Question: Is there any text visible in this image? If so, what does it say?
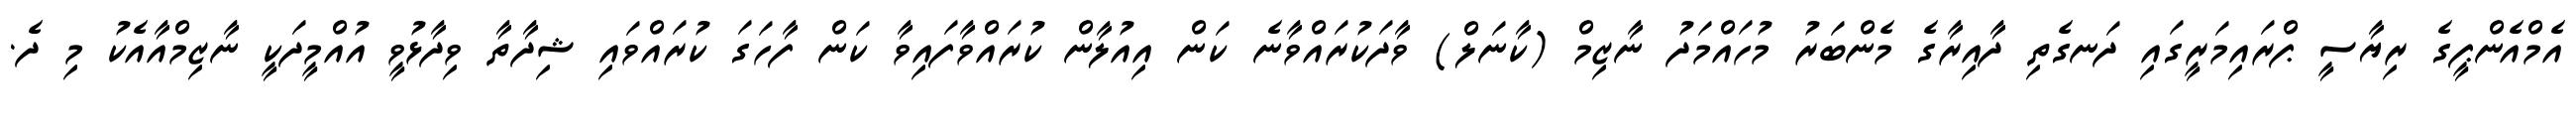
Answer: އެމްއެންޕީގެ ރިޔާސީ ޕްރައިމަރީގައި ދަނގެތި ދާއިރާގެ މެންބަރު މުހައްމަދު ނާޒިމް (ކާނަލް) ވާދަކުރައްވާނެ ކަން އިއުލާން ކުރައްވާފައިވާ ކަން ފާހަގަ ކުރައްވައި ޝިދާތާ ވިދާޅުވީ އުއްމީދަކީ ނާޒިމްއާއެކު މި ދެ.